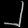
Digit: ၂